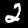
Label: 2